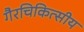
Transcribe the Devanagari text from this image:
गैरचिकित्सीय